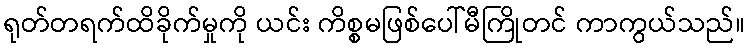
ရုတ်တရက်ထိခိုက်မှုကို ယင်း ကိစ္စမဖြစ်ပေါ်မီကြိုတင် ကာကွယ်သည်။